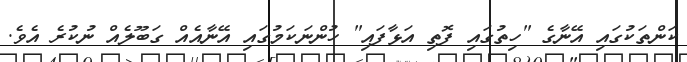
ކަންތަކުގައި އޭނާގެ "ހިތުގައި ފޮތި އަޅާފައި" ހުންނަކަމުގައި އޭނާއެއް ގަބޫލެއް ނުކުރެ އެވެ.